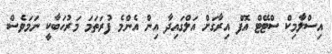
އިސްލާމިކް ސްޓޭޓް އޮފް އިރާގަށް އަލްގައިދާ އިން އެންމެ ފުރަތަމަ މަރުހަބާކީ ނަމަވެސް